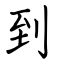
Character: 到